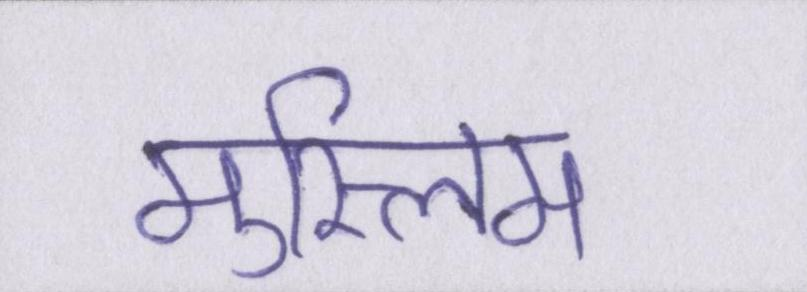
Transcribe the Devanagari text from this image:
मुस्लिम